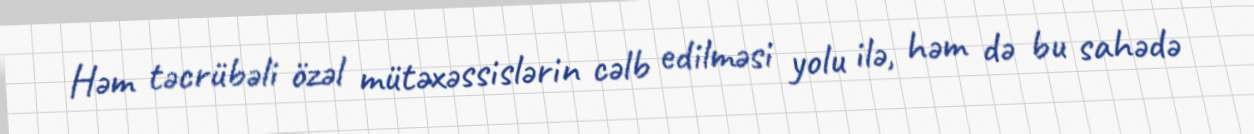
Həm təcrübəli özəl mütəxəssislərin cəlb edilməsi yolu ilə, həm də bu sahədə